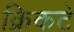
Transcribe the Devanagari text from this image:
क्रिकटे